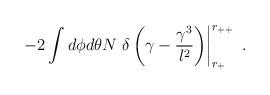
\begin{align*}\left. - 2 \int d\phi d\theta N \ \delta \left( \gamma - \frac{\gamma^3}{l^2} \right) \right|^{r_{++}}_{r_+} \ .\end{align*}